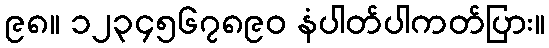
၉၈။ ၁၂၃၄၅၆၇၈၉၀ နံပါတ်ပါကတ်ပြား။